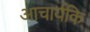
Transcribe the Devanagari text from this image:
आचार्यकि